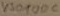
Text: V301006